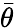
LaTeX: \bar{\theta}